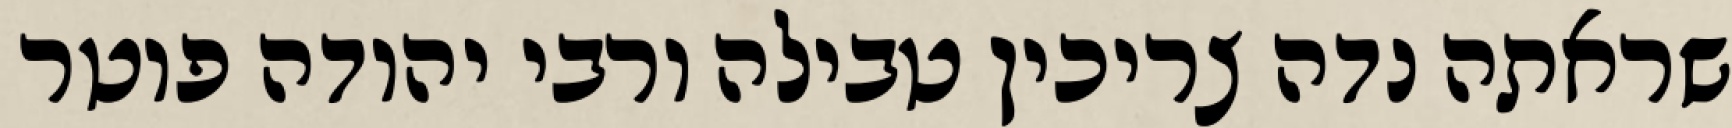
שראתה נדה צריכין טבילה ורבי יהודה פוטר